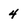
Character: 4